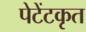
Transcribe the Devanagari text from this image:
पेटेंटकृत